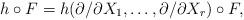
LaTeX: \begin{align*} h\circ F=h(\partial/\partial X_1,\ldots, \partial/\partial X_r)\circ F,\end{align*}